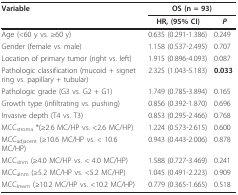
<table><thead><tr><td><b>Variable</b></td><td colspan="2"><b>OS (n = 93)</b></td></tr><tr><td></td><td><b>HR, (95% CI)</b></td><td><b><i>P</i></b></td></tr></thead><tbody><tr><td>Age (&lt;60 y vs. ≥60 y)</td><td>0.635 (0.291-1.386)</td><td>0.249</td></tr><tr><td>Gender (female vs. male)</td><td>1.158 (0.537-2.495)</td><td>0.707</td></tr><tr><td>Location of primary tumor (right vs. left)</td><td>1.915 (0.896-4.093)</td><td>0.087</td></tr><tr><td>Pathologic classification (mucoid + signet ring vs. papillary + tubular)</td><td>2.325 (1.043-5.183)</td><td><b>0.033 </b></td></tr><tr><td>Pathologic grade (G3 vs. G2 + G1)</td><td>1.749 (0.785-3.894)</td><td>0.165</td></tr><tr><td>Growth type (infiltrating vs. pushing)</td><td>0.856 (0.392-1.870)</td><td>0.696</td></tr><tr><td>Invasive depth (T4 vs. T3)</td><td>0.853 (0.295-2.466)</td><td>0.768</td></tr><tr><td>MCC<sub>stroma </sub>*(≥2.6 MC/HP vs. &lt;2.6 MC/HP)</td><td>1.224 (0.573-2.615)</td><td>0.600</td></tr><tr><td>MCC<sub>adjacent </sub>(≥10.6 MC/HP vs. &lt; 10.6 MC/HP)</td><td>0.943 (0.443-2.006)</td><td>0.878</td></tr><tr><td>MCC<sub>slnm </sub>(≥4.0 MC/HP vs. &lt; 4.0 MC/HP)</td><td>1.588 (0.727-3.469)</td><td>0.241</td></tr><tr><td>MCC<sub>alnm </sub>(≥5.2 MC/HP vs. &lt;5.2 MC/HP)</td><td>1.045 (0.491-2.223)</td><td>0.909</td></tr><tr><td>MCC<sub>lnwm </sub>(≥10.2 MC/HP vs. &lt;10.2 MC/HP)</td><td>0.779 (0.365-1.665)</td><td>0.518</td></tr></tbody></table>